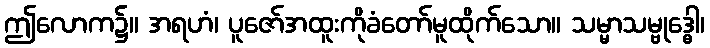
ဤလောက၌။ အရဟံ၊ ပူဇော်အထူးကိုခံတော်မူထိုက်သော။ သမ္မာသမ္ဗုဒ္ဓေါ၊